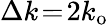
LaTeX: \Delta k\! =\! 2k_{\mathrm{o}}